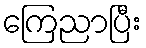
ကြေညာပြီး